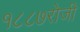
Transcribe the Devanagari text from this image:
१८८७रोजी